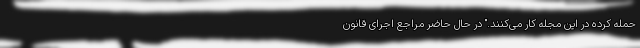
حمله کرده در این مجله کار می‌کنند." در حال حاضر مراجع اجرای قانون